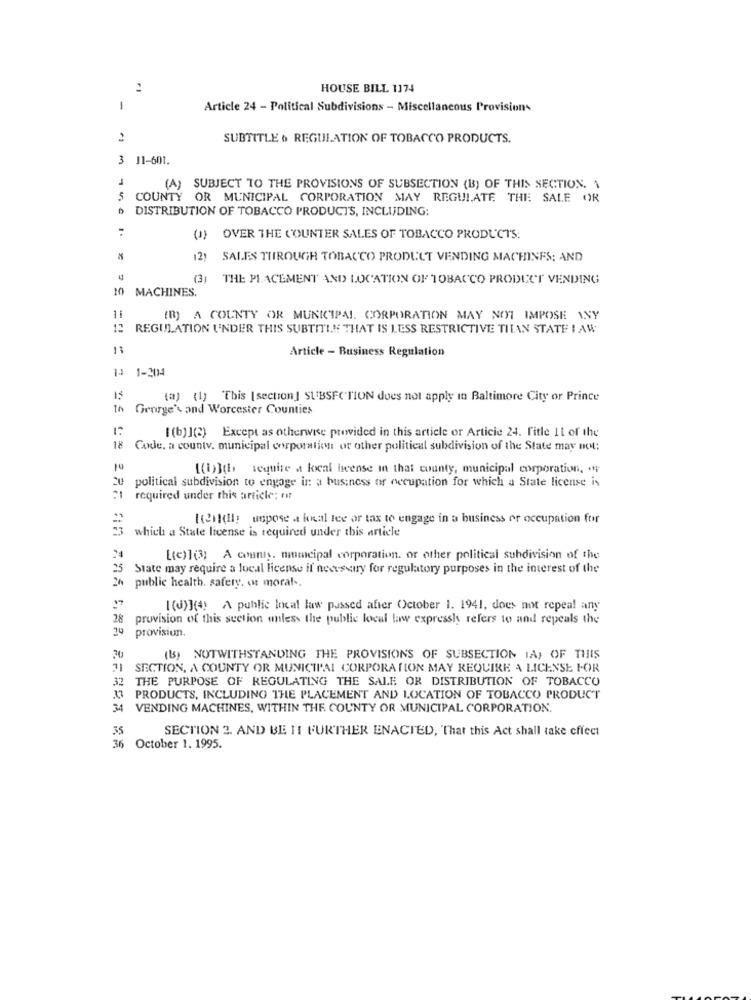
HOUSE BILL 1174
1
Article 24 - Political Subdivisions - Miscellaneous Provisions
SUBTITLE & REGULATION OF TOBACCO PRODUCTS.
3 11-601.
(A) SUBJECT TO THE PROVISIONS OF SUBSECTION (B) OF THIS SECTION. 1
5 COUNTY OR MUNICIPAL CORPORATION MAY REGULATE THE SALE OR
DISTRIBUTION OF TOBACCO PRODUCTS, INCLUDING:
(J) OVER THE COUNTER SALES OF TOBACCO PRODUCTS:
12!
SALES THROUGH TOBACCO PRODUCT VENDING MACHINES: AND
(3)
THE PLACEMENT AND LOCATION OF TOBACCO PRODUCT VENDING
10
MACHINES.
(B) A COUNTY OR MUNICIPAL CORPORATION MAY NOT IMPOSE ANY
12 REGULATION UNDER THIS SUBTITLE THAT IS LESS RESTRICTIVE THAN STATE LAW
11
Article - Business Regulation
14 1-204
15
(a) (1) This [section] SUBSECTION does not apply in Baltimore City or Prince
George's and Worcester Counties
I(b) ](2) Except as otherwise provided in this article or Article 24. Title 11 of the
18
Code, a countv. municipal corporation or other political subdivision of the State may not:
10
(1)the require a local heense in that county, municipal corporation. .
20 political subdivision to engage in a business or occupation for which a State license is
required under this article; r
Kentdil; uspose a keal lee or tax to engage in a business or occupation for
which a State license is required under this article
24
[(e)](3) A county. mumcipal corporation. or other political subdivision of the
25 State may require a local license if necessary for regulatory purposes in the interest of the
public health. safely. ot moral ..
I(J)](4) A public local law passed after October 1. 1941, does not repeal any
28
provision of this section unless the public local law expressly refers to and repeals the
20
provision.
(B) NOTWITHSTANDING THE PROVISIONS OF SUBSECTION IA) OF THIS
SECTION, A COUNTY OR MUNICIPAL CORPORATION MAY REQUIRE A LICENSE FOR
32 THE PURPOSE OF REGULATING THE SALE OR DISTRIBUTION OF TOBACCO
33 PRODUCTS, INCLUDING THE PLACEMENT AND LOCATION OF TOBACCO PRODUCT
34
VENDING MACHINES, WITHIN THE COUNTY OR MUNICIPAL CORPORATION.
35
SECTION 2. AND BE HI FURTHER ENACTED, That this Act shall take effect
October 1. 1995.